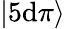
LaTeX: |5\mathrm{d}\pi\rangle